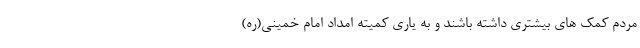
مردم کمک های بیشتری داشته باشند و به یاری کمیته امداد امام خمینی(ره)